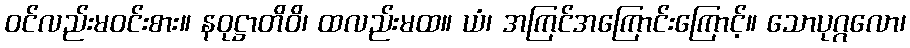
ဝင်လည်းမဝင်းစား။ နဝုဋ္ဌာတိဝိ၊ ထလည်းမထ။ ယံ၊ အကြင်အကြောင်းကြောင့်။ သောပုဂ္ဂလော၊